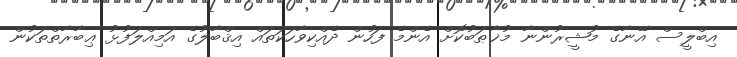
އިބްލީސް އޭނާގެ މުޝީރުންނާ މުޚާޠަބުކޮށް އެންމެ ފަހުން ދެއްކިވާހަކަތައް އިޤްބާލުގެ އަމިއްލަފުޅު ޢިބާރާތްތަކުން